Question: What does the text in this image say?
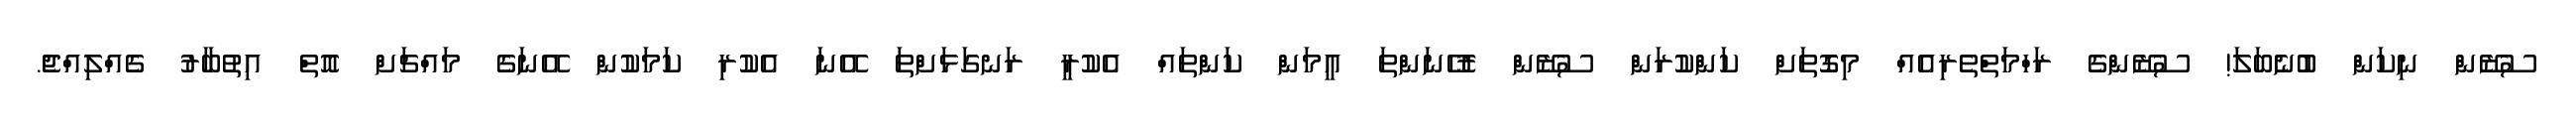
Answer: ސުޒޭން ނިކަން ބުނެބަލަ! ސުޒޭންގެ ރަހްމަތްތެރިއެއް މިގޮތަށް ކަންކުރަން ސުޒޭން ރުހޭނަންތަ އީމަން ކަންތައް އެކުރީ ރަނގަޅަށްތަ އޭނަ އެކުރި ކަމަކުން އޭނަގެ މައްޗަށް އޮތް އިތުބާރު ގެއްލިއްޖެ.